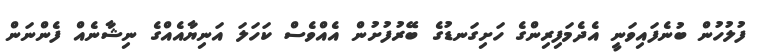
ފުލުހުން ބުނެފައިވަނީ އެދެމަފިރިންގެ ހަށިގަނޑުގެ ބޭރުފުށުން އެއްވެސް ކަހަލަ އަނިޔާއެއްގެ ނިޝާނެއް ފެންނަން